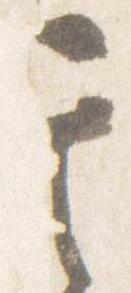
其